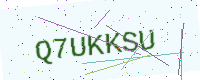
Text: Q7UKKSU